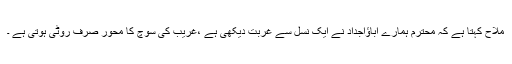
ملاح کہتا ہے کہ محترم ہمارے اباؤاجداد نے ایک نسل سے غربت دیکھی ہے ،غریب کی سوچ کا محور صرف روٹی ہوتی ہے ۔